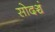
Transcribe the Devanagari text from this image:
सोदञ्चं